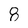
Character: 8